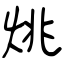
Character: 烑